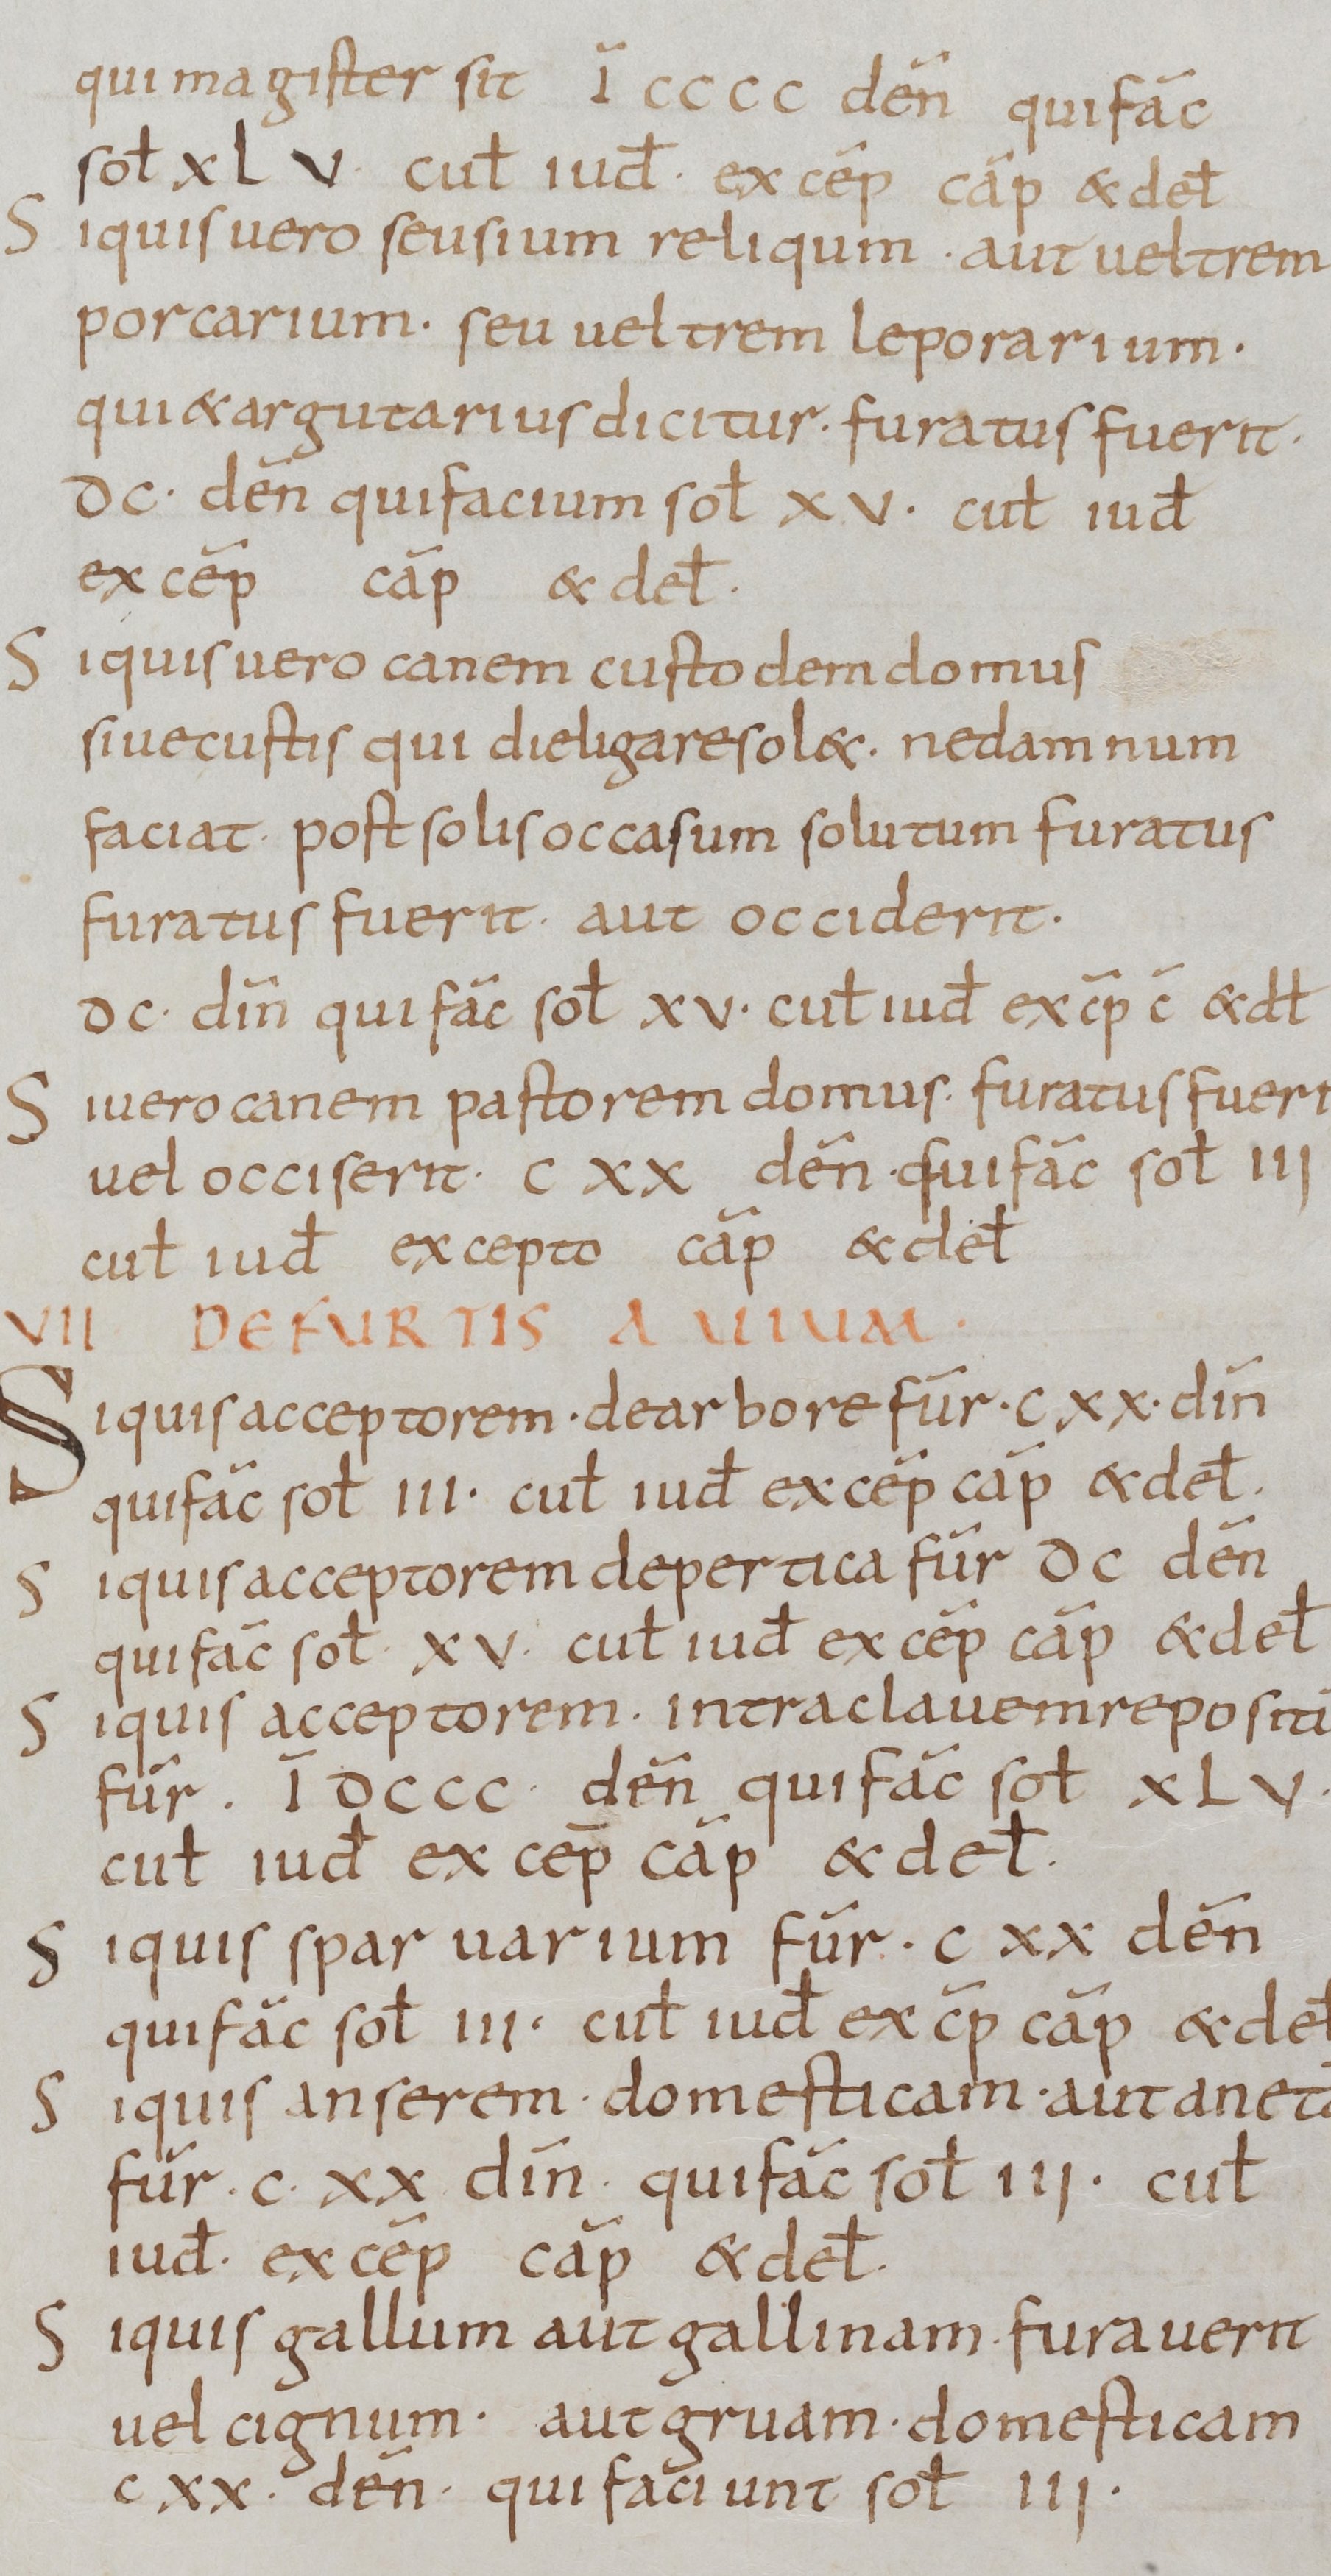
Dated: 800–899